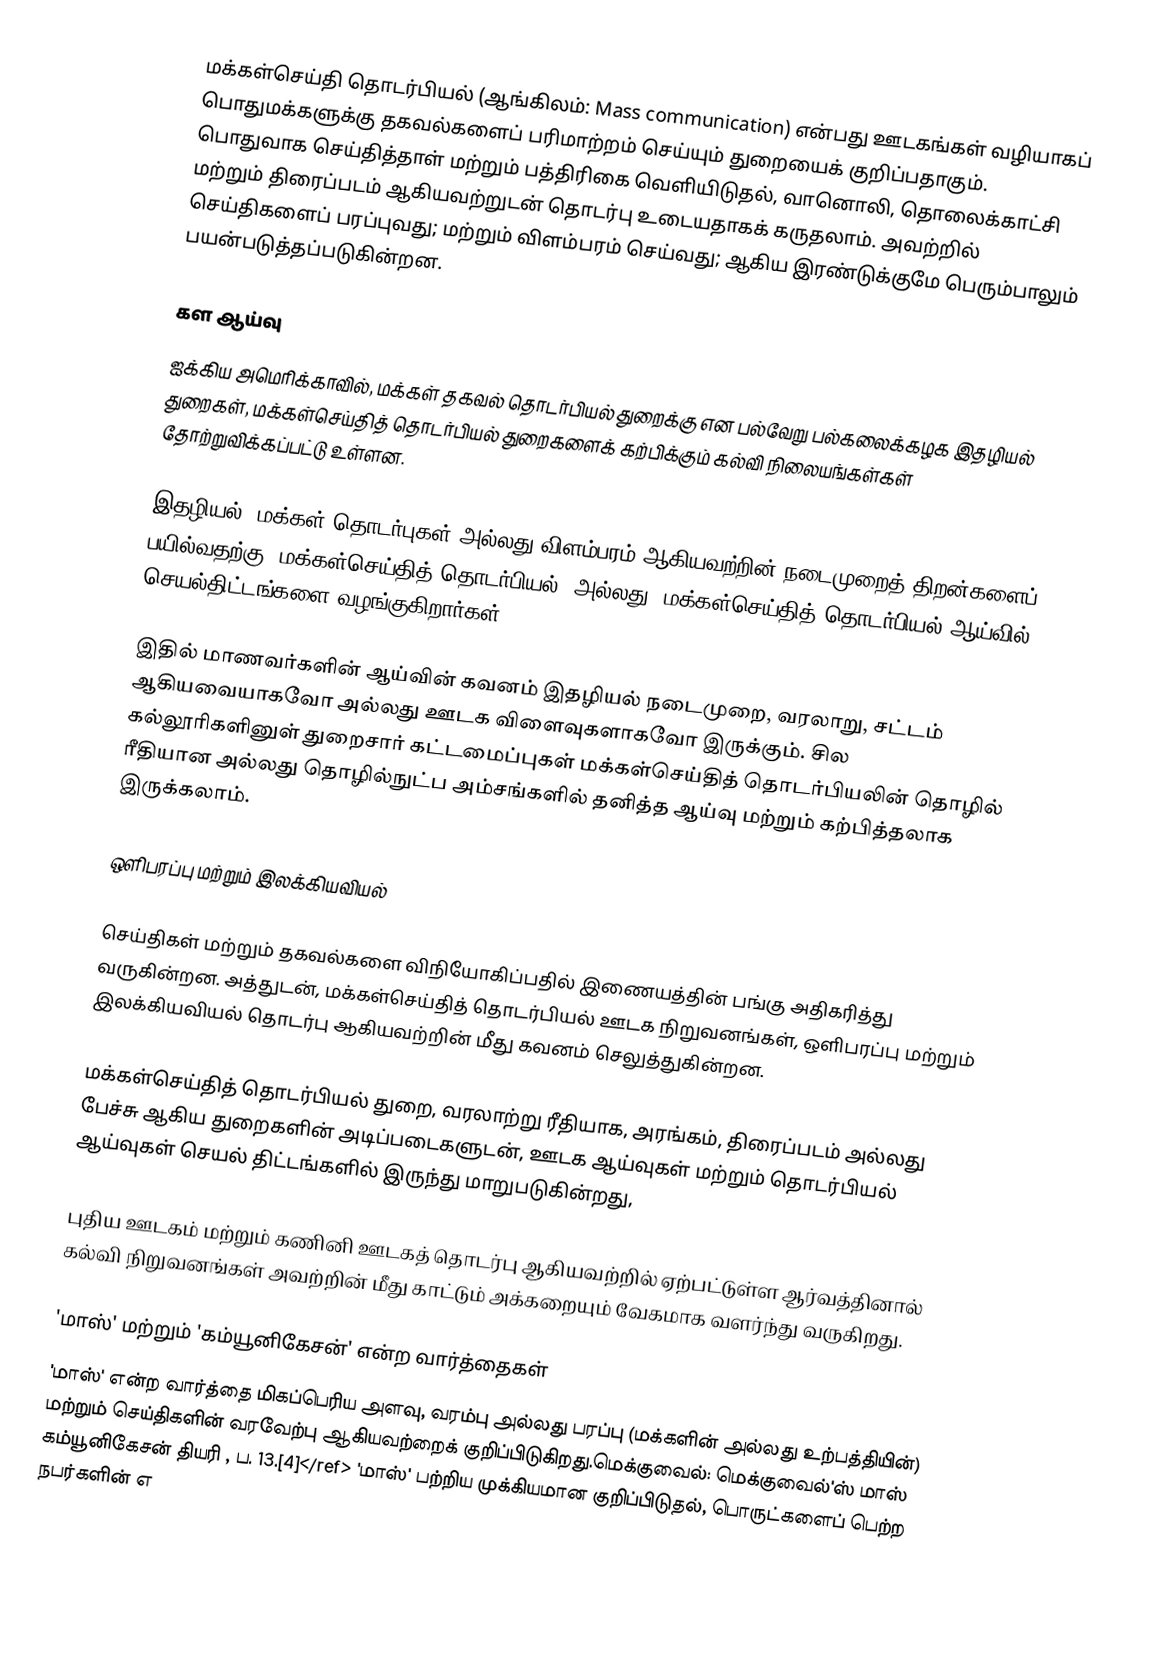
மக்கள்செய்தி தொடர்பியல் (ஆங்கிலம்: Mass communication) என்பது ஊடகங்கள் வழியாகப் பொதுமக்களுக்கு தகவல்களைப் பரிமாற்றம் செய்யும் துறையைக் குறிப்பதாகும். பொதுவாக செய்தித்தாள் மற்றும் பத்திரிகை வெளியிடுதல், வானொலி, தொலைக்காட்சி மற்றும் திரைப்படம் ஆகியவற்றுடன் தொடர்பு உடையதாகக் கருதலாம். அவற்றில் செய்திகளைப் பரப்புவது; மற்றும் விளம்பரம் செய்வது; ஆகிய இரண்டுக்குமே பெரும்பாலும் பயன்படுத்தப்படுகின்றன.

கள ஆய்வு
ஐக்கிய அமெரிக்காவில், மக்கள் தகவல் தொடர்பியல் துறைக்கு என பல்வேறு பல்கலைக்கழக இதழியல் துறைகள், மக்கள்செய்தித் தொடர்பியல் துறைகளைக் கற்பிக்கும் கல்வி நிலையங்கள்கள் தோற்றுவிக்கப்பட்டு உள்ளன.

இதழியல், மக்கள் தொடர்புகள் அல்லது விளம்பரம் ஆகியவற்றின் நடைமுறைத் திறன்களைப் பயில்வதற்கு "மக்கள்செய்தித் தொடர்பியல்" அல்லது "மக்கள்செய்தித் தொடர்பியல் ஆய்வில்" செயல்திட்டங்களை வழங்குகிறார்கள்.

இதில் மாணவர்களின் ஆய்வின் கவனம் இதழியல் நடைமுறை, வரலாறு, சட்டம் ஆகியவையாகவோ அல்லது ஊடக விளைவுகளாகவோ இருக்கும். சில கல்லூரிகளினுள் துறைசார் கட்டமைப்புகள் மக்கள்செய்தித் தொடர்பியலின் தொழில் ரீதியான அல்லது தொழில்நுட்ப அம்சங்களில் தனித்த ஆய்வு மற்றும் கற்பித்தலாக இருக்கலாம்.

ஒளிபரப்பு மற்றும் இலக்கியவியல்

செய்திகள் மற்றும் தகவல்களை விநியோகிப்பதில் இணையத்தின் பங்கு அதிகரித்து வருகின்றன. அத்துடன், மக்கள்செய்தித் தொடர்பியல் ஊடக நிறுவனங்கள், ஒளிபரப்பு மற்றும் இலக்கியவியல் தொடர்பு ஆகியவற்றின் மீது கவனம் செலுத்துகின்றன.

மக்கள்செய்தித் தொடர்பியல் துறை, வரலாற்று ரீதியாக, அரங்கம், திரைப்படம் அல்லது பேச்சு ஆகிய துறைகளின் அடிப்படைகளுடன், ஊடக ஆய்வுகள் மற்றும் தொடர்பியல் ஆய்வுகள் செயல் திட்டங்களில் இருந்து மாறுபடுகின்றது,

புதிய ஊடகம் மற்றும் கணினி ஊடகத் தொடர்பு ஆகியவற்றில் ஏற்பட்டுள்ள ஆர்வத்தினால் கல்வி நிறுவனங்கள் அவற்றின் மீது காட்டும் அக்கறையும் வேகமாக வளர்ந்து வருகிறது.

'மாஸ்' மற்றும் 'கம்யூனிகேசன்' என்ற வார்த்தைகள்
'மாஸ்' என்ற வார்த்தை மிகப்பெரிய அளவு, வரம்பு அல்லது பரப்பு (மக்களின் அல்லது உற்பத்தியின்) மற்றும் செய்திகளின் வரவேற்பு ஆகியவற்றைக் குறிப்பிடுகிறது.மெக்குவைல்: மெக்குவைல்'ஸ் மாஸ் கம்யூனிகேசன் தியரி , ப. 13.[4]</ref> 'மாஸ்' பற்றிய முக்கியமான குறிப்பிடுதல், பொருட்களைப் பெற்ற நபர்களின் எ